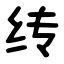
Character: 䌸